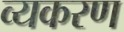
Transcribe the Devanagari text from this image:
व्यकरण